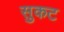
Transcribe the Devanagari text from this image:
सुकट